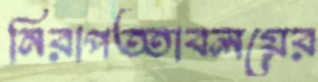
নিরাপত্তাবলয়ের